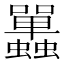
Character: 𧕦